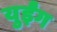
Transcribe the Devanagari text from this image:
युईंग